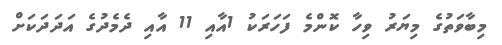
މިބާވަތުގެ މިޔަރު ވިހާ ކޮންމެ ފަހަރަކު 1އާއި 11 އާއި ދެމެދުގެ އަދަދަކަށް